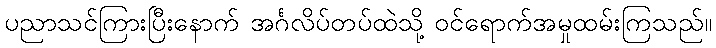
ပညာသင်ကြားပြီးနောက် အင်္ဂလိပ်တပ်ထဲသို့ ဝင်ရောက်အမှုထမ်းကြသည်။